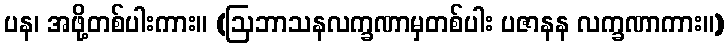
ပန၊ အဖို့တစ်ပါးကား။ (ဩဘာသနလက္ခဏာမှတစ်ပါး ပဇာနန လက္ခဏာကား။)